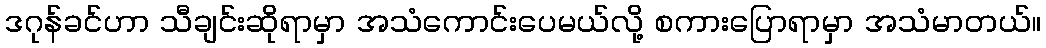
ဒဂုန်ခင်ဟာ သီချင်းဆိုရာမှာ အသံကောင်းပေမယ်လို့ စကားပြောရာမှာ အသံမာတယ်။